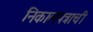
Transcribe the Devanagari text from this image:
निकालपत्राची